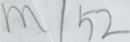
m \vert 5 2